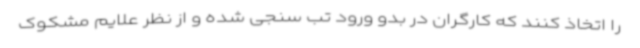
را اتخاذ کنند که کارگران در بدو ورود تب سنجی شده و از نظر علایم مشکوک